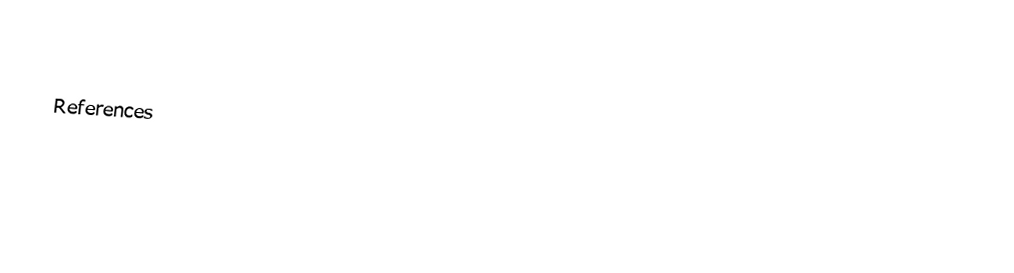

References